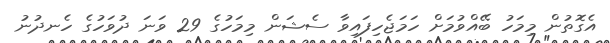
އެގޮތުން މިމަހު ބޭއްވުމަށް ހަމަޖެހިފައިވާ ސެޝަން މިމަހުގެ 29 ވަނަ ދުވަހުގެ ހެނދުނު